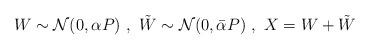
LaTeX: \begin{align*}W\sim\mathcal{N}(0,\alpha P)\ ,\ \tilde{W}\sim\mathcal{N}(0,\bar{\alpha} P)\ ,\ X=W+\tilde{W}\end{align*}